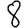
Digit: 8